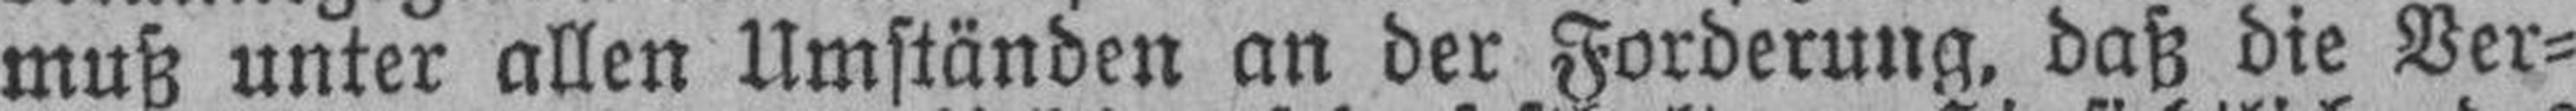
muß unter allen Umständen an der Forderung, daß die Ver¬